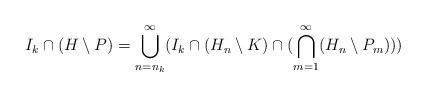
LaTeX: \begin{align*} I_k \cap (H \setminus P) = \bigcup_{n=n_k}^{\infty}(I_k \cap (H_n \setminus K) \cap (\bigcap_{m=1}^{\infty}(H_n \setminus P_m)))\end{align*}